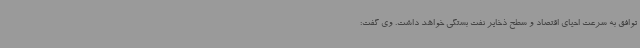
توافق به سرعت احیای اقتصاد و سطح ذخایر نفت بستگی خواهد داشت. وی گفت: